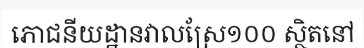
ភោជនីយដ្ឋានវាលស្រែ១០០ ស្ថិតនៅ